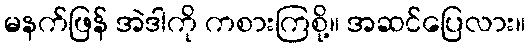
မနက်ဖြန် အဲဒါကို ကစားကြစို့။ အဆင်ပြေလား။